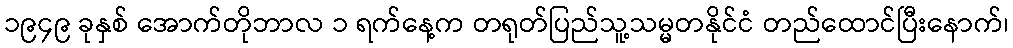
၁၉၄၉ ခုနှစ် အောက်တိုဘာလ ၁ ရက်နေ့က တရုတ်ပြည်သူ့သမ္မတနိုင်ငံ တည်ထောင်ပြီးနောက်၊